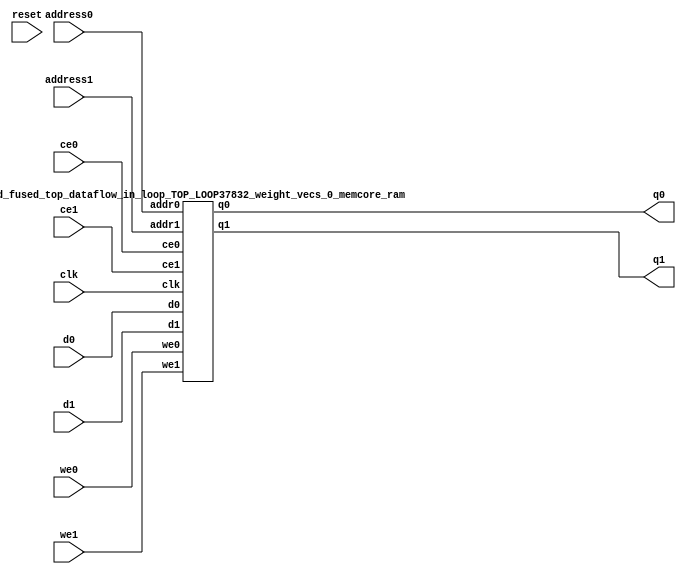
`define EXPONENT 5
`define MANTISSA 10
`define ACTUAL_MANTISSA 11
`define EXPONENT_LSB 10
`define EXPONENT_MSB 14
`define MANTISSA_LSB 0
`define MANTISSA_MSB 9
`define MANTISSA_MUL_SPLIT_LSB 3
`define MANTISSA_MUL_SPLIT_MSB 9
`define SIGN 1
`define SIGN_LOC 15
`define DWIDTH (`SIGN+`EXPONENT+`MANTISSA)
`define IEEE_COMPLIANCE 1

module td_fused_top_dataflow_in_loop_TOP_LOOP37832_weight_vecs_0_memcore(
    reset,
    clk,
    address0,
    ce0,
    we0,
    d0,
    q0,
    address1,
    ce1,
    we1,
    d1,
    q1);

parameter DataWidth = 32'd16;
parameter AddressRange = 32'd288;
parameter AddressWidth = 32'd9;
input reset;
input clk;
input[AddressWidth - 1:0] address0;
input ce0;
input we0;
input[DataWidth - 1:0] d0;
output[DataWidth - 1:0] q0;
input[AddressWidth - 1:0] address1;
input ce1;
input we1;
input[DataWidth - 1:0] d1;
output[DataWidth - 1:0] q1;



td_fused_top_dataflow_in_loop_TOP_LOOP37832_weight_vecs_0_memcore_ram td_fused_top_dataflow_in_loop_TOP_LOOP37832_weight_vecs_0_memcore_ram_U(
    .clk( clk ),
    .addr0( address0 ),
    .ce0( ce0 ),
    .we0( we0 ),
    .d0( d0 ),
    .q0( q0 ),
    .addr1( address1 ),
    .ce1( ce1 ),
    .we1( we1 ),
    .d1( d1 ),
    .q1( q1 )
);

endmodule
module td_fused_top_dataflow_in_loop_TOP_LOOP37832_weight_vecs_0_memcore_ram (addr0, ce0, d0, we0, q0, addr1, ce1, d1, we1, q1,  clk);

parameter DWIDTH = 16;
parameter AWIDTH = 9;
parameter MEM_SIZE = 288;

input[AWIDTH-1:0] addr0;
input ce0;
input[DWIDTH-1:0] d0;
input we0;
output reg[DWIDTH-1:0] q0;
input[AWIDTH-1:0] addr1;
input ce1;
input[DWIDTH-1:0] d1;
input we1;
output reg[DWIDTH-1:0] q1;
input clk;

reg [DWIDTH-1:0] ram[MEM_SIZE-1:0];




always @(posedge clk)  
begin 
    if (ce0) begin
        if (we0) 
            ram[addr0] <= d0; 
        q0 <= ram[addr0];
    end
end


always @(posedge clk)  
begin 
    if (ce1) begin
        if (we1) 
            ram[addr1] <= d1; 
        q1 <= ram[addr1];
    end
end


endmodule